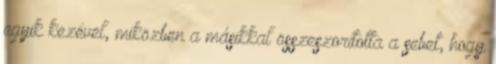
egyik kezével, miközben a másikkal összeszorította a sebet, hogy